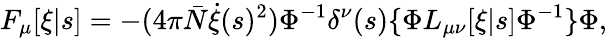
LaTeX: F_{\mu}[\xi|s]=-(4\pi{\bar{N}}\dot{\xi}(s)^{2})\Phi^{-1}\delta^{\nu}(s)\{ \Phi L_{\mu\nu}[\xi|s]\Phi^{-1}\} \Phi,